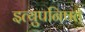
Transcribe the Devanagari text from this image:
इत्युपनिषत्‌